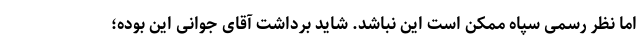
اما نظر رسمی سپاه ممکن است این نباشد. شاید برداشت آقای جوانی این بوده؛